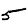
Digit: 5